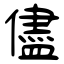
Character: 儘